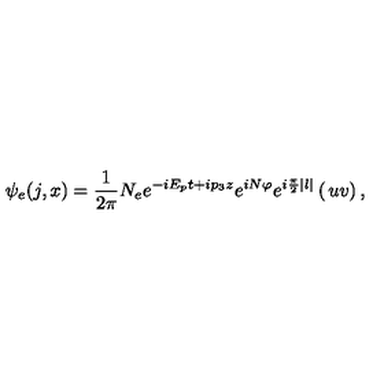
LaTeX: \psi _ { e } ( j , x ) = { \frac { 1 } { 2 \pi } } N _ { e } e ^ { - i E _ { p } t + i p _ { 3 } z } e ^ { i N \varphi } e ^ { i { \frac { \pi } { 2 } } | l | } \left( \begin{matrix} { u } \\ { v } \\ \end{matrix} \right) ,